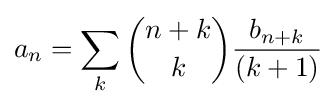
a_{n}=\sum _{k}{\binom {n+k}{k}}{\frac {b_{n+k}}{(k+1)}}